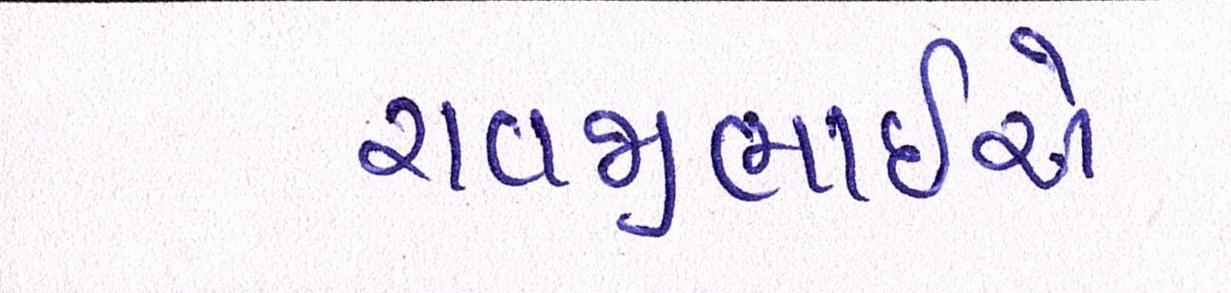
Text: રાવજીભાઈએ